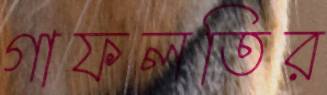
গাফলতির